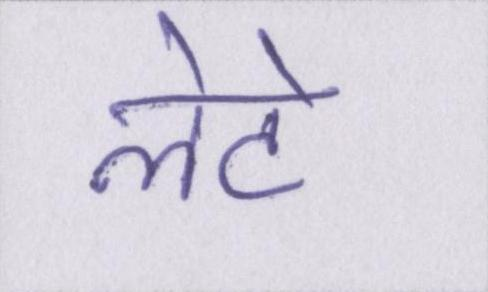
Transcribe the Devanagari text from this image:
लेटे